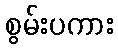
စွမ်းပကား